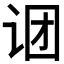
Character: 𬣫